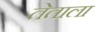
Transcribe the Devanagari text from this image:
तेताला